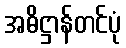
အဓိဋ္ဌာန်တင်ပုံ